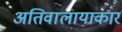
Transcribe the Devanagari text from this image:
अतिवालायाकार